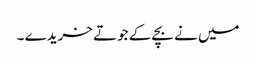
میں نے بچے کے جوتے خریدے ۔